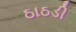
ઠાઠડી